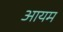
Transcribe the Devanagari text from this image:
आयम